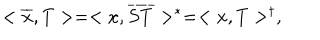
LaTeX: < \overline { { { x } } } , T > = < x , \overline { { { S T } } } > ^ { * } = < x , T > ^ { \dagger } ,